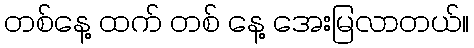
တစ်နေ့ ထက် တစ် နေ့ အေးမြလာတယ်။